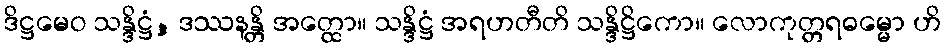
ဒိဋ္ဌမေဝ သန္ဒိဋ္ဌံ, ဒဿနန္တိ အတ္ထော။ သန္ဒိဋ္ဌံ အရဟတီတိ သန္ဒိဋ္ဌိကော။ လောကုတ္တရဓမ္မော ဟိ